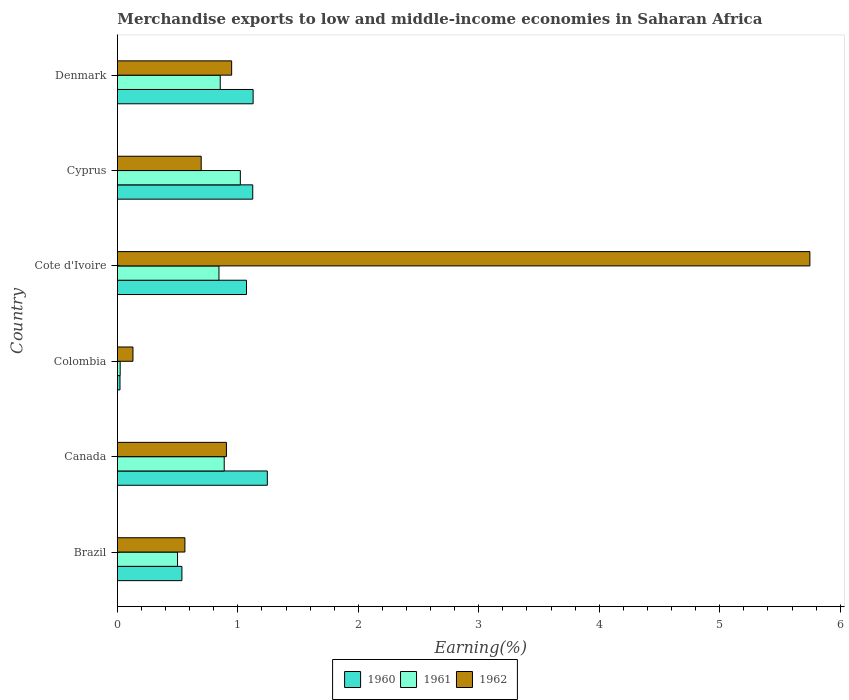
| Country | 1960 | 1961 | 1962 |
 | --- | --- | --- | --- |
 | Brazil | 0.535 | 0.499 | 0.56 |
 | Canada | 1.24 | 0.887 | 0.905 |
 | Colombia | 0.0215 | 0.023 | 0.129 |
 | Cote d'Ivoire | 1.07 | 0.843 | 5.75 |
 | Cyprus | 1.12 | 1.02 | 0.696 |
 | Denmark | 1.13 | 0.854 | 0.948 |